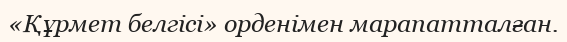
«Құрмет белгісі» орденімен марапатталған.